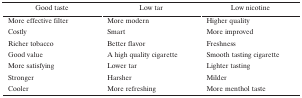
| Good taste | Low tar | Low nicotine |
 | --- | --- | --- |
 | More effective filter | More modern | Higher quality |
 | Costly | Smart | More improved |
 | Richer tobacco | Better flavor | Freshness |
 | Good value | A high quality cigarette | Smooth tasting cigarette |
 | More satisfying | Lower tar | Lighter tasting |
 | Stronger | Harsher | Milder |
 | Cooler | More refreshing | More menthol taste |